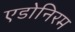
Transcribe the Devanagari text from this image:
एडोनिरम